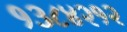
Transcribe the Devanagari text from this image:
१३८४२१२